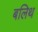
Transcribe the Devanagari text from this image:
बलिथ